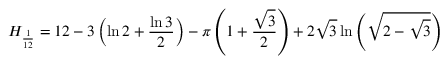
H _ { \frac { 1 } { 1 2 } } = 1 2 - 3 \left( \ln { 2 } + { \frac { \ln { 3 } } { 2 } } \right) - \pi \left( 1 + { \frac { \sqrt { 3 } } { 2 } } \right) + 2 { \sqrt { 3 } } \ln \left( { \sqrt { 2 - { \sqrt { 3 } } } } \right)